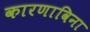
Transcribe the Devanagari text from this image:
कारणाविना